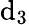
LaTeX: \mathrm{d}_{3}